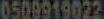
0500919022